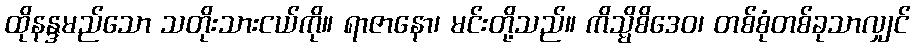
ထိုနန္ဒမည်သော သတိုးသားငယ်ကို။ ရာဇာနော၊ မင်းတို့သည်။ ကိသ္မိစိဒေဝ၊ တစ်စုံတစ်ခုသာလျှင်